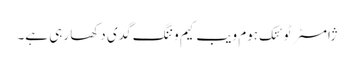
ژامسٹر ٹوئنک ہوم ویب کیم وننگ گدی دکھا رہی ہے۔